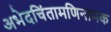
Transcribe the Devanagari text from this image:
अभेदचिंतामणिनामक